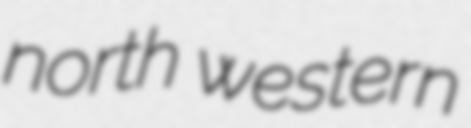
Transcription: north western